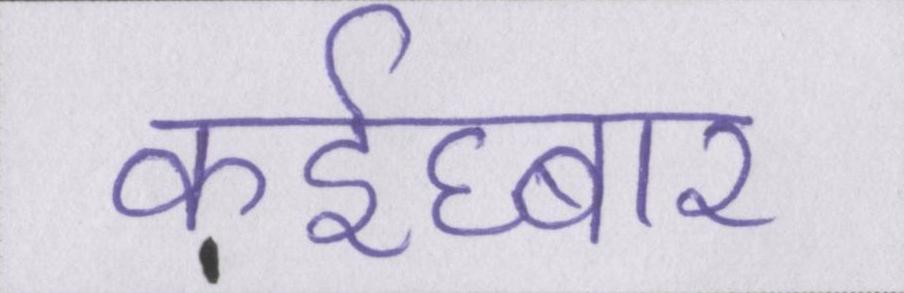
कईघ्बार